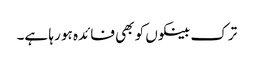
ترک بینکوں کو بھی فائدہ ہو رہا ہے۔